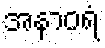
အနာဝရံ